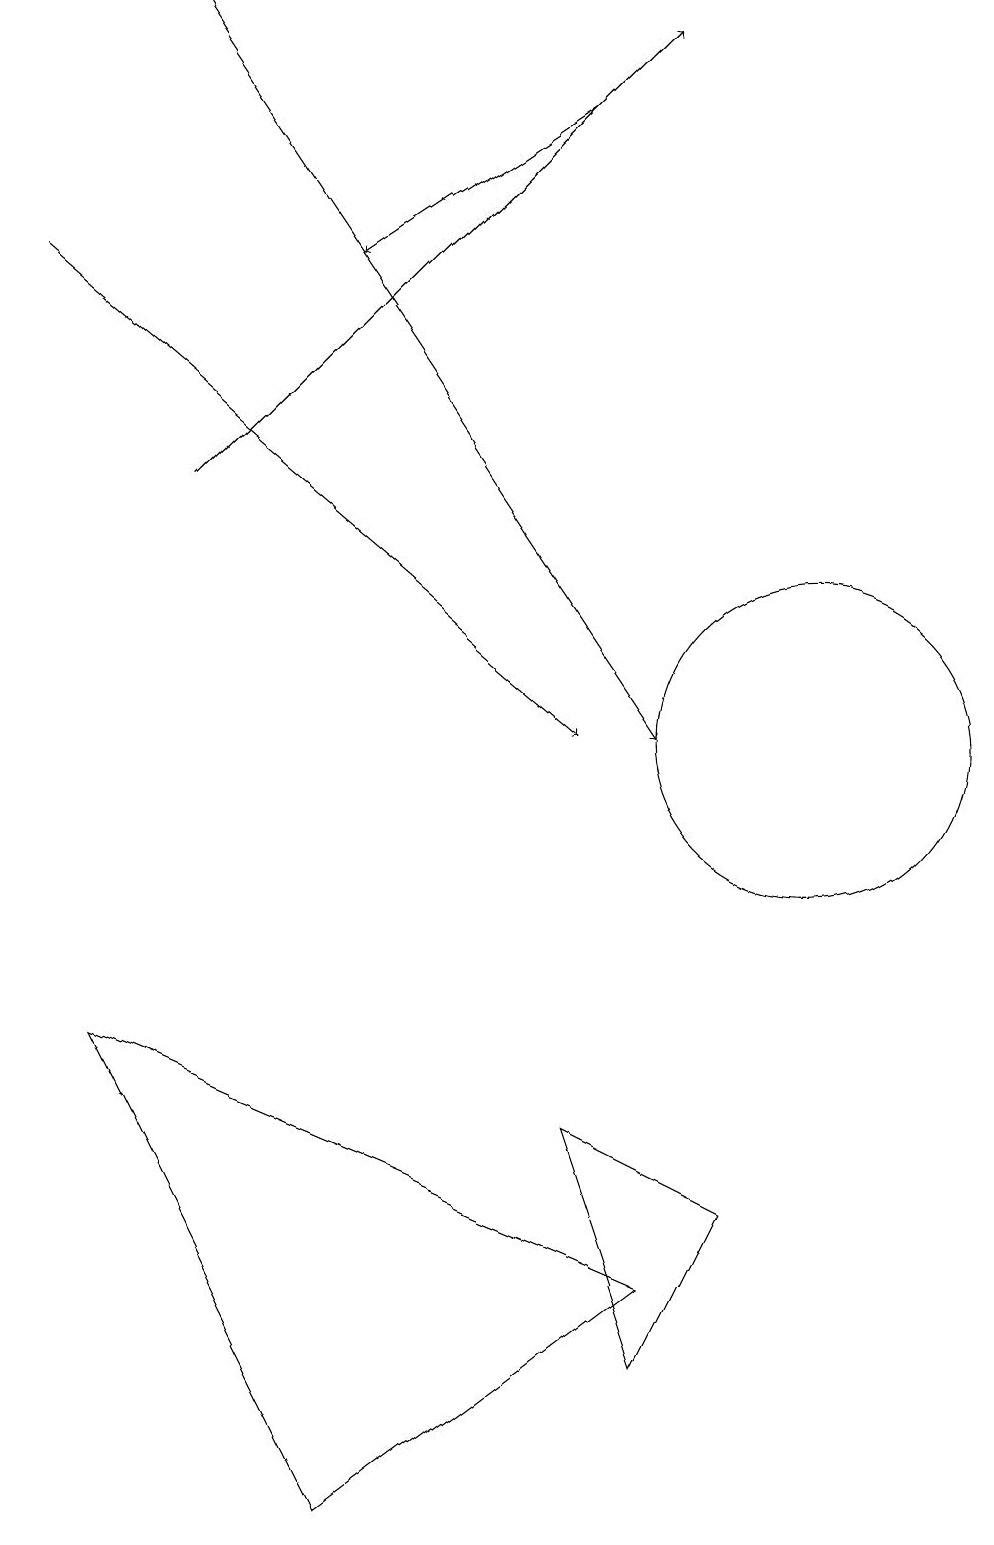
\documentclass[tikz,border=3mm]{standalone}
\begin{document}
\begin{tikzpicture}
\draw[->] (0,16) -- (7,10);
\draw (1,6) -- (8,3) -- (4,0) -- cycle;
\draw (7,5) -- (9,4) -- (8,2) -- cycle;
\draw (10,10) circle (2);
\draw[->] (2,13) -- (8,19);
\draw[->] (7,18) -- (4,16);
\draw[->] (2,19) -- (8,10);
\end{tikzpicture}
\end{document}